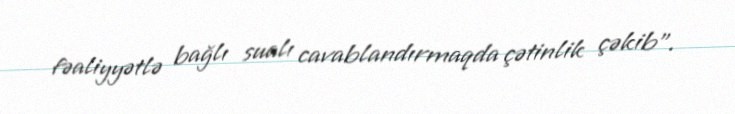
fəaliyyətlə bağlı sualı cavablandırmaqda çətinlik çəkib”.